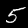
Digit: 5